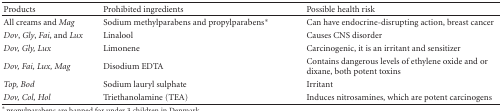
| Products | Prohibited ingredients | Possible health risk |
 | --- | --- | --- |
 | All creams and Mag | Sodium methylparabens and propylparabens* | Can have endocrine-disrupting action, breast cancer |
 | Dov, Gly, Fai, and Lux | Linalool | Causes CNS disorder |
 | Dov, Gly, Lux | Limonene | Carcinogenic, it is an irritant and sensitizer |
 | Dov, Fai, Lux, Mag | Disodium EDTA | Contains dangerous levels of ethylene oxide and or dixane, both potent toxins |
 | Top, Bod | Sodium lauryl sulphate | Irritant |
 | Dov, Col, Hol | Triethanolamine (TEA) | Induces nitrosamines, which are potent carcinogens |